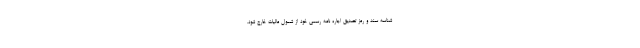
شناسه سند و رمز تصدیق اجاره نامه رسمی خود از شمول مالیات خارج شود.